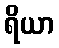
ရိယာ